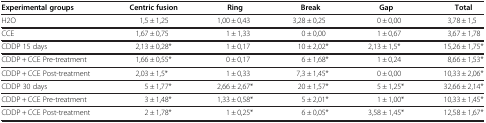
<table><thead><tr><td><b>Experimental groups</b></td><td><b>Centric fusion</b></td><td><b>Ring</b></td><td><b>Break</b></td><td><b>Gap</b></td><td><b>Total</b></td></tr></thead><tbody><tr><td>H2O</td><td>1,5 ± 1,25</td><td>1,00 ± 0,43</td><td>3,28 ± 0,25</td><td>0 ± 0,00</td><td>3,78 ± 1,5</td></tr><tr><td>CCE</td><td>1,67 ± 0,75</td><td>1 ± 1,33</td><td>0 ± 0,00</td><td>1 ± 0,67</td><td>3,67 ± 1,78</td></tr><tr><td>CDDP 15 days</td><td>2,13 ± 0,28*</td><td>1 ± 0,17</td><td>10 ± 2,02*</td><td>2,13 ± 1,5*</td><td>15,26 ± 1,75*</td></tr><tr><td>CDDP + CCE Pre-treatment</td><td>1,66 ± 0,55*</td><td>0 ± 0,17</td><td>6 ± 1,68*</td><td>1 ± 0,24</td><td>8,66 ± 1,53*</td></tr><tr><td>CDDP + CCE Post-treatment</td><td>2,03 ± 1,5*</td><td>1 ± 0,33</td><td>7,3 ± 1,45*</td><td>0 ± 0,00</td><td>10,33 ± 2,06*</td></tr><tr><td>CDDP 30 days</td><td>5 ± 1,77*</td><td>2,66 ± 2,67*</td><td>20 ± 1,57*</td><td>5 ± 1,25*</td><td>32,66 ± 2,14*</td></tr><tr><td>CDDP + CCE Pre-treatment</td><td>3 ± 1,48*</td><td>1,33 ± 0,58*</td><td>5 ± 2,01*</td><td>1 ± 1,00*</td><td>10,33 ± 1,45*</td></tr><tr><td>CDDP + CCE Post-treatment</td><td>2 ± 1,78*</td><td>1 ± 0,25*</td><td>6 ± 0,05*</td><td>3,58 ± 1,45*</td><td>12,58 ± 1,67*</td></tr></tbody></table>